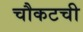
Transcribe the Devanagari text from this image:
चौकटची